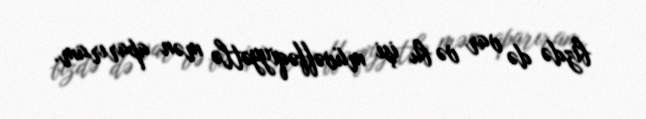
bizdə də var və bu işi müvəffəqiyyətlə mən aparıram.